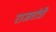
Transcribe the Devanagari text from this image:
राजतंत्री